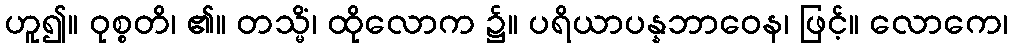
ဟူ၍။ ဝုစ္စတိ၊ ၏။ တသ္မိံ၊ ထိုလောက ၌။ ပရိယာပန္နဘာဝေန၊ ဖြင့်။ လောကေ၊